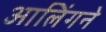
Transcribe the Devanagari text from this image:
आलिंगने